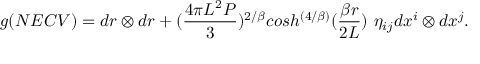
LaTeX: g ( N E C V ) = d r \otimes d r + ( { \frac { 4 \pi L ^ { 2 } P } { 3 } } ) ^ { 2 / \beta } c o s h ^ { \left( { 4 / \beta } \right) } ( { \frac { \beta r } { 2 L } } ) \, \, \eta _ { i j } d x ^ { i } \otimes d x ^ { j } .